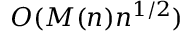
O ( M ( n ) n ^ { 1 / 2 } )